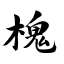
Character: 槐